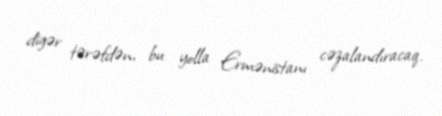
digər tərəfdən, bu yolla Ermənistanı cəzalandıracaq.